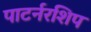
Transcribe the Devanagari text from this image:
पाटर्नरशिप